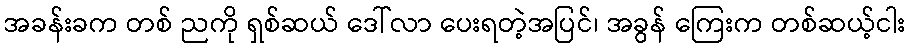
အခန်းခက တစ် ညကို ရှစ်ဆယ် ဒေါ်လာ ပေးရတဲ့အပြင်၊ အခွန် ကြေးက တစ်ဆယ့်ငါး